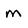
Character: m